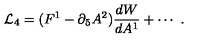
{ \cal L } _ { 4 } = ( F ^ { 1 } - \partial _ { 5 } A ^ { 2 } ) { \frac { d W } { d A ^ { 1 } } } + \cdots \ .